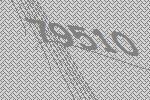
79510